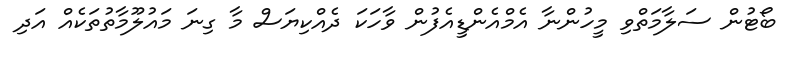
ބޯޓުން ސަލާމަތްވި މީހުންނާ އެމްއެންޑީއެފުން ވާހަކަ ދެއްކިޔަސް މާ ގިނަ މައުލޫމާތުތަކެއް އަދި